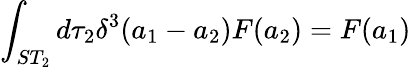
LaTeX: \int_{ST_{2}}d\tau_{2}\delta^{3}(a_{1}-a_{2})F(a_{2})=F(a_{1})